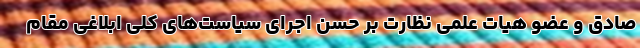
صادق و عضو هیات علمی نظارت بر حسن اجرای سیاست‌های کلی ابلاغی مقام